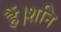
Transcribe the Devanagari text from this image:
हैं।शनि